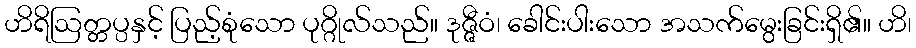
ဟိရိဩတ္တပ္ပနှင့် ပြည့်စုံသော ပုဂ္ဂိုလ်သည်။ ဒုဇ္ဇီဝံ၊ ခေါင်းပါးသော အသက်မွေးခြင်းရှိ၏။ ဟိ၊